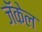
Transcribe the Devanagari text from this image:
जॅकेल